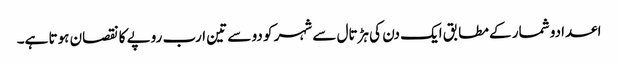
اعدادو شمار کے مطابق ایک دن کی ہڑتال سے شہر کو دو سے تین ارب روپے کا نقصان ہوتا ہے۔